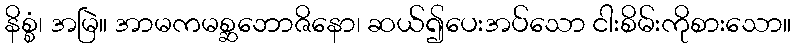
နိစ္စံ၊ အမြဲ။ အာမကမစ္ဆဘောဇိနော၊ ဆယ်၍ပေးအပ်သော ငါးစိမ်းကိုစားသော။